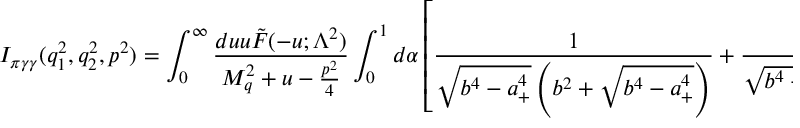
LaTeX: I _ { \pi \gamma \gamma } ( q _ { 1 } ^ { 2 } , q _ { 2 } ^ { 2 } , p ^ { 2 } ) = \int _ { 0 } ^ { \infty } \frac { d u u \tilde { F } ( - u ; \Lambda ^ { 2 } ) } { M _ { q } ^ { 2 } + u - \frac { p ^ { 2 } } { 4 } } \int _ { 0 } ^ { 1 } d \alpha \left[ \frac { 1 } { \sqrt { b ^ { 4 } - a _ { + } ^ { 4 } } \left( b ^ { 2 } + \sqrt { b ^ { 4 } - a _ { + } ^ { 4 } } \right) } + \frac { 1 } { \sqrt { b ^ { 4 } - a _ { - } ^ { 4 } } \left( b ^ { 2 } + \sqrt { b ^ { 4 } - a _ { - } ^ { 4 } } \right) } \right] ,